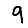
Digit: 9